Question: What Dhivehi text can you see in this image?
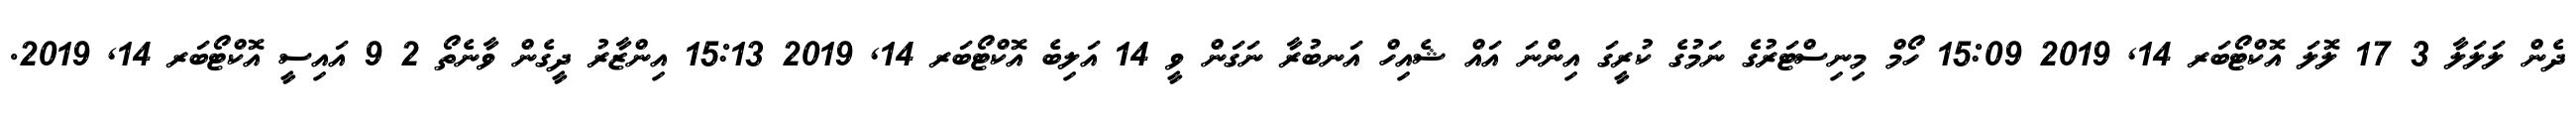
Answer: ދެން ލަލަލާ 3 17 ލޮލަ އޮކްޓޯބަރ 14, 2019 15:09 ހޯމް މިނިސްޓަރުގެ ނަމުގެ ކުރީގަ އިންނަ އައް ޝެއިހް އަނބުރާ ނަގަން ވީ 14 އަލިބެ އޮކްޓޯބަރ 14, 2019 15:13 އިންޒާރު ދީގެން ވާނެތޯ 2 9 އައިސީ އޮކްޓޯބަރ 14, 2019.